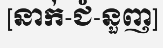
[នាក់-ជំ-នួញ]